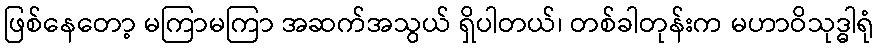
ဖြစ်နေတော့ မကြာမကြာ အဆက်အသွယ် ရှိပါတယ်၊ တစ်ခါတုန်းက မဟာဝိသုဒ္ဓါရုံ